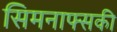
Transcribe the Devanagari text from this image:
सिमनाफ्सकी